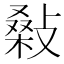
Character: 𢾪